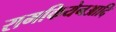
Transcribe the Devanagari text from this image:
रामकियेनआदि